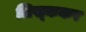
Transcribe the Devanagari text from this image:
लिख्ककर